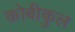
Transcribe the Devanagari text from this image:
कोबीकुल